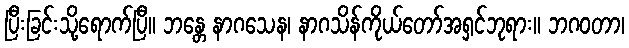
ပြီးခြင်းသို့ရောက်ပြီ။ ဘန္တေ နာဂသေန၊ နာဂသိန်ကိုယ်တော်အရှင်ဘုရား။ ဘဂဝတာ၊